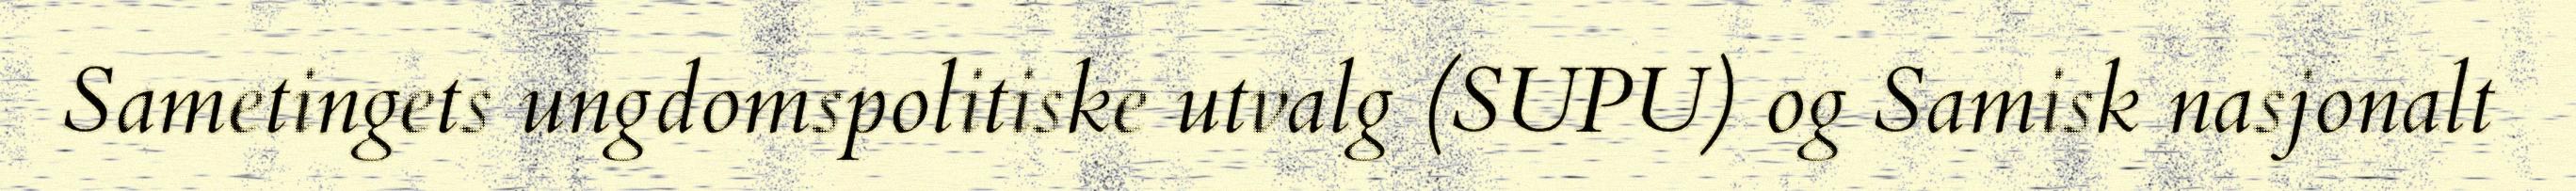
Sametingets ungdomspolitiske utvalg (SUPU) og Samisk nasjonalt